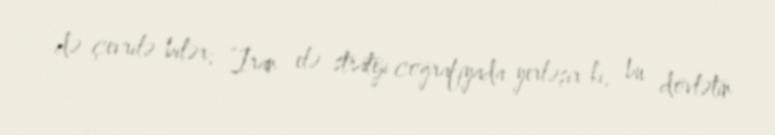
də çevrilə bilər: “İran elə strateji coğrafiyada yerləşir ki, bu dövlətin